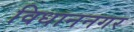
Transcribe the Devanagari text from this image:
विधाननगर